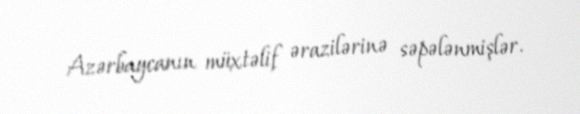
Azərbaycanın müxtəlif ərazilərinə səpələnmişlər.